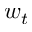
w _ { t }